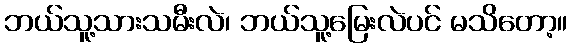
ဘယ်သူ့သားသမီးလဲ၊ ဘယ်သူ့မြေးလဲပင် မသိတော့။